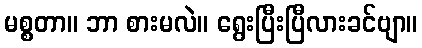
မစ္စတာ။ ဘာ စားမလဲ။ ရွေးပြီးပြီလားခင်ဗျာ။